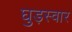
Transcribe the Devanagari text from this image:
घुड़स्वार